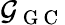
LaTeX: \mathcal{G}_{\mathrm{~G~C~}}